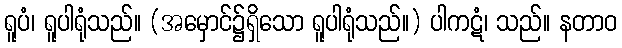
ရူပံ၊ ရူပါရုံသည်။ (အမှောင်၌ရှိသော ရူပါရုံသည်။) ပါကဋံ၊ သည်။ နတာဝ